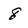
Character: 8